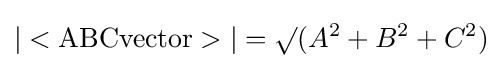
|<\mathrm {ABCvector} >|=\surd (A^{2}+B^{2}+C^{2})